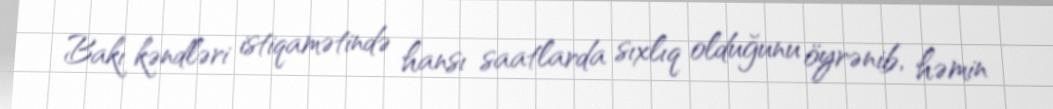
Bakı kəndləri istiqamətində hansı saatlarda sıxlıq olduğunu öyrənib, həmin